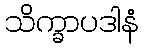
သိက္ခာပဒါနံ